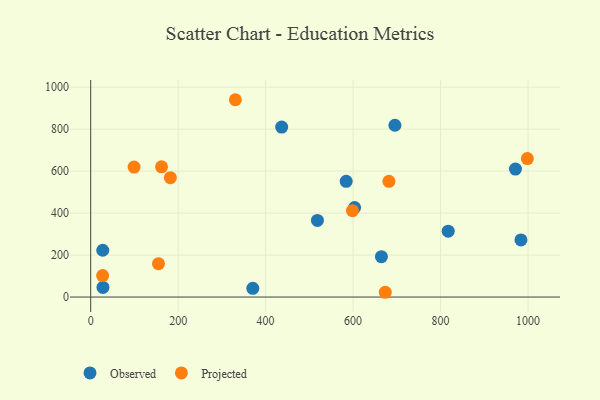
{"axis": {"x": "Ad Spend", "y": "Sales"}, "legend": ["Observed", "Projected"], "data": [{"x": "817.5", "y": 313.8, "type": "Observed"}, {"x": "695.6", "y": 818.5, "type": "Observed"}, {"x": "436.7", "y": 809.8, "type": "Observed"}, {"x": "664.8", "y": 192.2, "type": "Observed"}, {"x": "27.6", "y": 222.9, "type": "Observed"}, {"x": "370.7", "y": 41.8, "type": "Observed"}, {"x": "971.2", "y": 609.6, "type": "Observed"}, {"x": "603.4", "y": 426.1, "type": "Observed"}, {"x": "28.1", "y": 46.1, "type": "Observed"}, {"x": "584.2", "y": 551.2, "type": "Observed"}, {"x": "983.8", "y": 272.3, "type": "Observed"}, {"x": "518.4", "y": 364.9, "type": "Observed"}, {"x": "330.8", "y": 940.0, "type": "Projected"}, {"x": "27.3", "y": 102.3, "type": "Projected"}, {"x": "182.2", "y": 568.8, "type": "Projected"}, {"x": "681.9", "y": 551.3, "type": "Projected"}, {"x": "998.5", "y": 659.7, "type": "Projected"}, {"x": "598.6", "y": 411.4, "type": "Projected"}, {"x": "162.0", "y": 620.3, "type": "Projected"}, {"x": "155.0", "y": 158.9, "type": "Projected"}, {"x": "673.6", "y": 22.8, "type": "Projected"}, {"x": "99.2", "y": 619.0, "type": "Projected"}]}